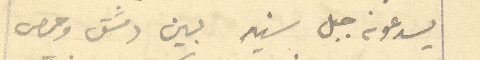
يدعونه جبل سنير بين دمشق وحمص